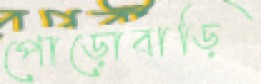
পোড়োবাড়ি